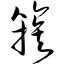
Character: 簇